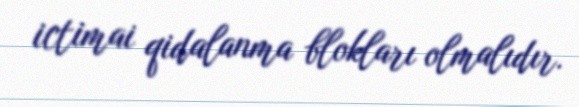
ictimai qidalanma blokları olmalıdır.